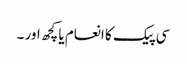
سی پیک کا انعام یا کچھ اور ۔